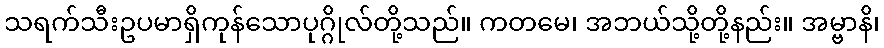
သရက်သီးဥပမာရှိကုန်သောပုဂ္ဂိုလ်တို့သည်။ ကတမေ၊ အဘယ်သို့တို့နည်း။ အမ္ဗာနိ၊